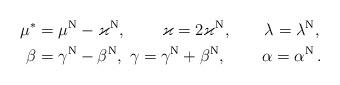
LaTeX: \begin{align*}\mu^*&=\mu^{\rm N}-\varkappa^{\rm N},\qquad\, \varkappa=2\varkappa^{\rm N},\qquad\lambda=\lambda^{\rm N}, \\\beta &=\gamma^{\rm N}-\beta^{\rm N}, \ \gamma =\gamma^{\rm N}+\beta^{\rm N}, \,\qquad\alpha =\alpha ^{\rm N}\,.\end{align*}